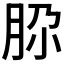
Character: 𰮚